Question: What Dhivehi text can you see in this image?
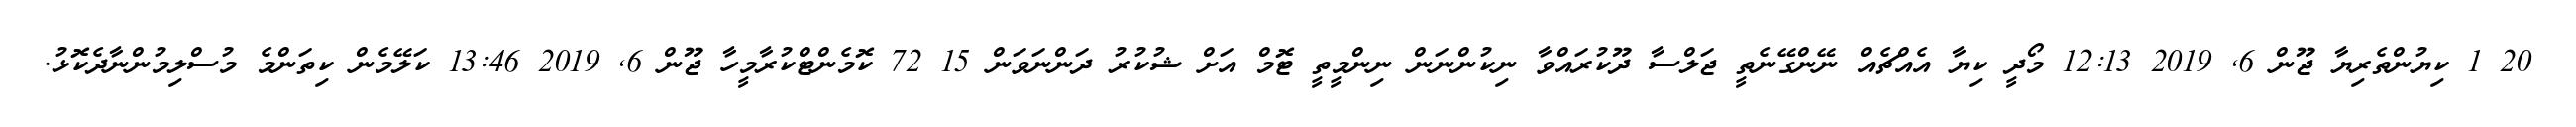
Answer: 20 1 ކިޔުންތެރިޔާ ޖޫން 6, 2019 12:13 މޯދީ ކިޔާ އެއްޗެއް ނޭންގޭނެތީ ޖަލްސާ ދޫކުރައްވާ ނިކުންނަން ނިންމީތީ ޓޮމް އަށް ޝުކުރު ދަންނަވަން 15 72 ކޮމެންޓްކުރާމީހާ ޖޫން 6, 2019 13:46 ކަލޭމެން ކިތަންމެ މުސްލިމުންނާދެކޮޅު.